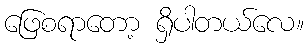
ဖြေစရာတော့ ရှိပါတယ်လေ။